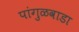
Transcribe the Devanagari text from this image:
पांगुळवाडा